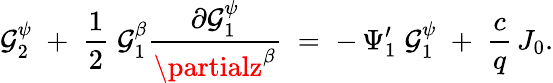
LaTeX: \mathcal{G}_{2}^{\psi}\; +\; \frac{{1}}{{2}}\; \mathcal{G}_{1}^{\beta}\frac{{\partial\mathcal{G}_{1}^{\psi}}}{{\partialz^{\beta}}}\; =\; -\, \Psi_{1}^{\prime}\; \mathcal{G}_{1}^{\psi}\; +\; \frac{{c}}{{q}}\, J_{0}.